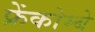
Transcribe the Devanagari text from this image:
फ्रेंकोम्बे